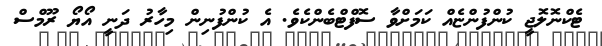
ޓެކްނޮލޮޖީ ކުންފުންޏެއް ކަމަށްވާ ސޮފްޓްބެންކެވެ. އެ ކުންފުނިން މިހާރު ދަނީ އޯޔޯ ރޫމްސް